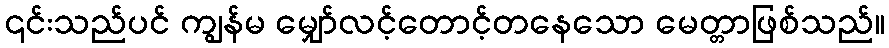
၎င်းသည်ပင် ကျွန်မ မျှော်လင့်တောင့်တနေသော မေတ္တာဖြစ်သည်။